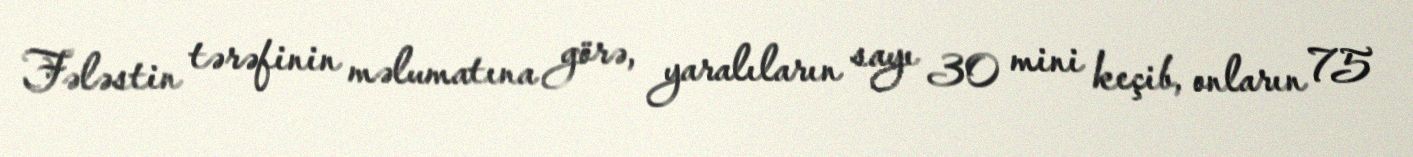
Fələstin tərəfinin məlumatına görə, yaralıların sayı 30 mini keçib, onların 75